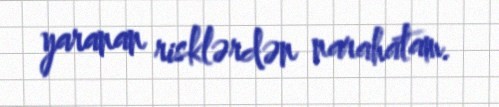
yaranan risklərdən narahatam.